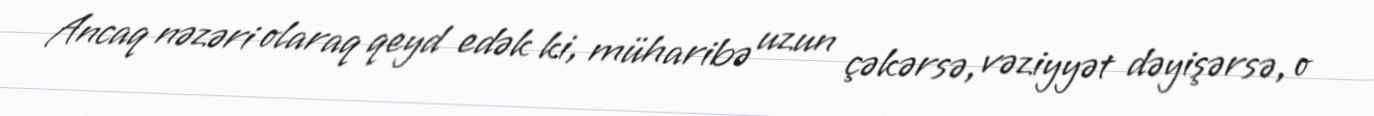
Ancaq nəzəri olaraq qeyd edək ki, müharibə uzun çəkərsə, vəziyyət dəyişərsə, o